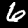
Digit: 6